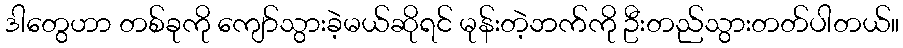
ဒါတွေဟာ တစ်ခုကို ကျော်သွားခဲ့မယ်ဆိုရင် မုန်းတဲ့ဘက်ကို ဦးတည်သွားတတ်ပါတယ်။